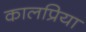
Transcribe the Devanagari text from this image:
कालप्रिया